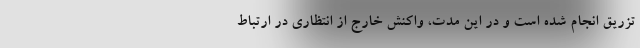
تزریق انجام شده است و در این مدت، واکنش خارج از انتظاری در ارتباط